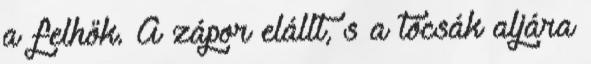
a felhők. A zápor elállt, s a tócsák aljára